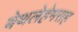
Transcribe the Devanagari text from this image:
बेथलेहेमसह